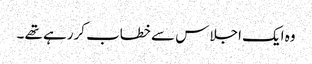
وہ ایک اجلا س سے خطاب کررہے تھے ۔